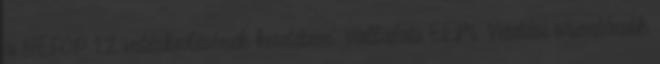
a HEFOP 1.2 intézkedésének keretében. Vállalati EEM. Vezetési orientációk